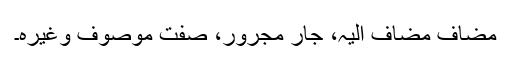
مضاف مضاف الیہ، جار مجرور، صفت موصوف وغیرہ۔